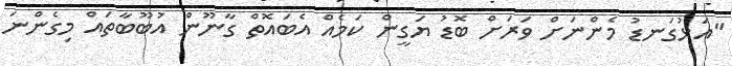
"އަޅުގަނޑު މެންނަށް ވަރަށް ބޮޑު ޔަގީން ކަމެއް އެބައޮތް ގާނޫން އުބޫބާތައް މިގެންނަ